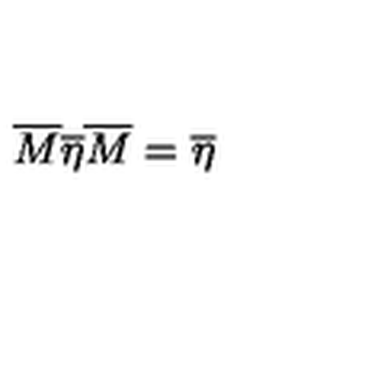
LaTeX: \overline { { M } } \overline { { \eta } } \overline { { M } } = \overline { { \eta } }